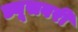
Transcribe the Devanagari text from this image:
ड्यूसबरी